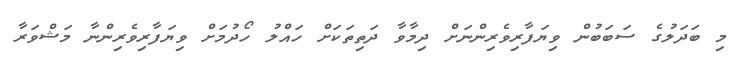
މި ބަދަލުގެ ސަބަބުން ވިޔަފާރިވެރިންނަށް ދިމާވާ ދަތިތަކަށް ހައްލު ހޯދުމަށް ވިޔަފާރިވެރިންނާ މަޝްވަރާ